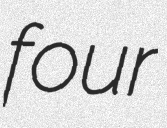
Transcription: four